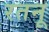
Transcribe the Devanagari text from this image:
रतनू